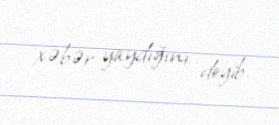
xəbər yaydığını deyib.